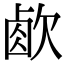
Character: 𣣧